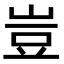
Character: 豈